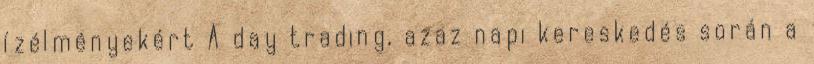
ízélményekért A day trading, azaz napi kereskedés során a